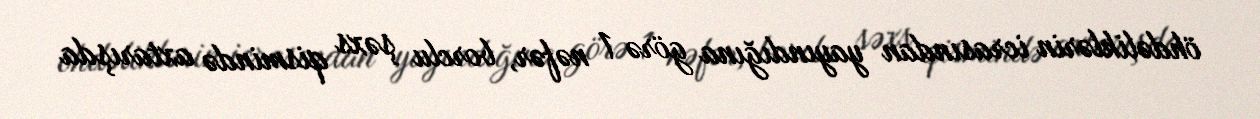
öhdəliklərin icrasından yayındığına görə 1 nəfər, borclu şəxs qismində axtarışda